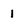
Character: l